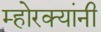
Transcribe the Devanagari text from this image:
म्होरक्‍यांनी